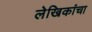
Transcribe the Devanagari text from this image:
लेखिकांचा